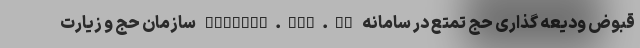
قبوض ودیعه گذاری حج تمتع در سامانه reserve.haj.ir سازمان حج و زیارت